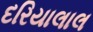
દરિયાલાલ